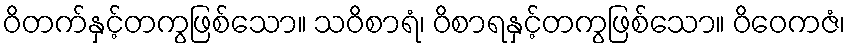
ဝိတက်နှင့်တကွဖြစ်သော။ သဝိစာရံ၊ ဝိစာရနှင့်တကွဖြစ်သော။ ဝိဝေကဇံ၊